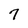
Character: 7